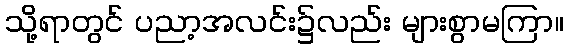
သို့ရာတွင် ပညာ့အလင်း၌လည်း များစွာမကြာ။